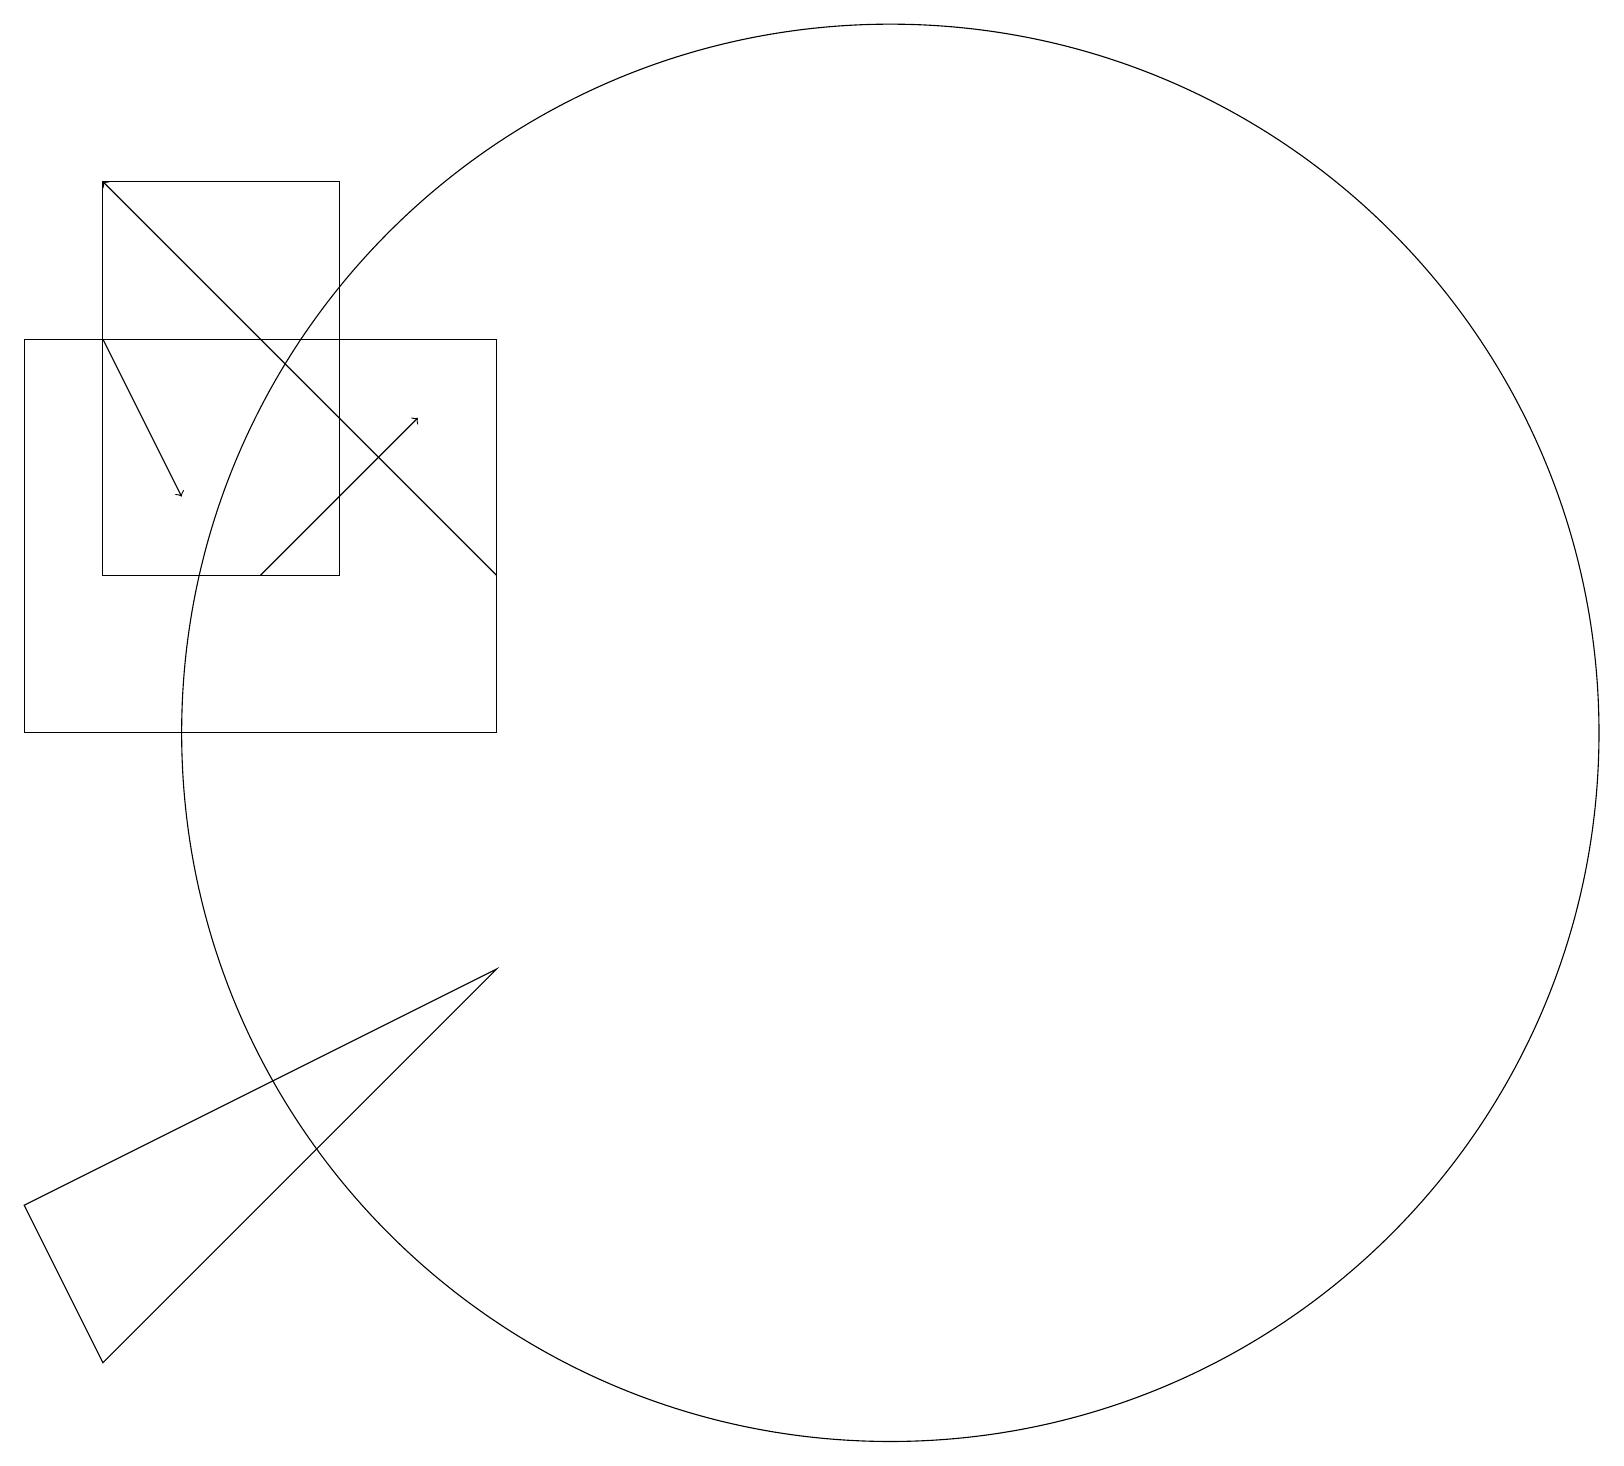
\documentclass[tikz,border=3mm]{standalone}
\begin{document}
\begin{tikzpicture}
\draw (12,10) circle (9);
\draw[->] (2,15) -- (3,13);
\draw[->] (4,12) -- (6,14);
\draw[->] (7,12) -- (2,17);
\draw (1,4) -- (2,2) -- (7,7) -- cycle;
\draw (2,12) rectangle (5,17);
\draw (7,15) rectangle (1,10);
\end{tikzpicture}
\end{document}